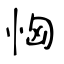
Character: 恟